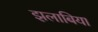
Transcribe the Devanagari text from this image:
झलाबिया